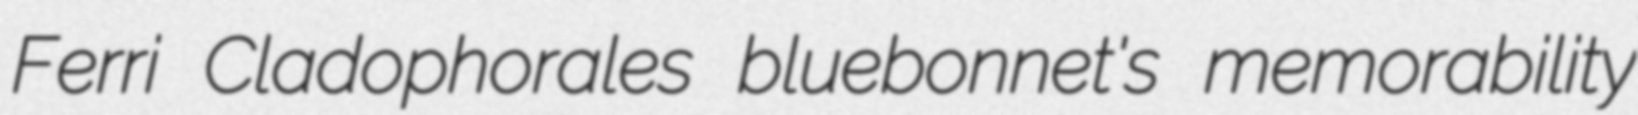
Ferri Cladophorales bluebonnet's memorability